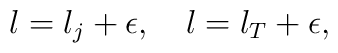
l=l_j+\epsilon,\quad l=l_T+\epsilon,